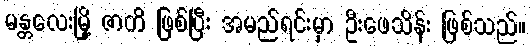
မန္တလေးမြို့ ဇာတိ ဖြစ်ပြီး အမည်ရင်းမှာ ဦးဖေသိန်း ဖြစ်သည်။